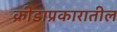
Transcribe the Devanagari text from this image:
क्रीडाप्रकारातील